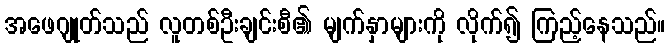
အဖေဂျုတ်သည် လူတစ်ဦးချင်းစီ၏ မျက်နှာများကို လိုက်၍ ကြည့်နေသည်။